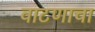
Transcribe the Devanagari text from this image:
वाटणाचा